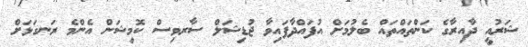
ޝަރުއީ ދާއިރާގެ ކަންތައްތައް ބެލުމަށް އުފައްދާފައިވާ ޖުޑިޝަލް ސާރވިސް ކޮމިޝަން އެންމެ ރަނގަޅަށް